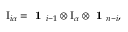
\mathrm { I } _ { i \alpha } = \textbf { 1 } _ { i - 1 } \otimes \mathrm { I } _ { \alpha } \otimes \textbf { 1 } _ { n - i } ,